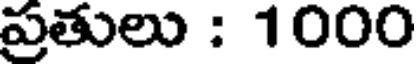
ప్రతులు : 1000